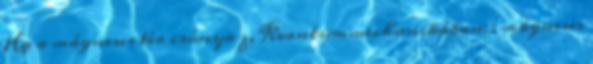
Ha a mágneses tér iránya z, Kvantummechanikában: : mágneses